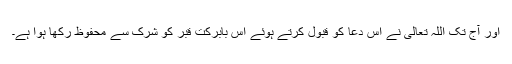
اور آج تک اللہ تعالیٰ نے اس دعا کو قبول کرتے ہوئے اس بابرکت قبر کو شرک سے محفوظ رکھا ہوا ہے۔